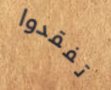
تفقدوا